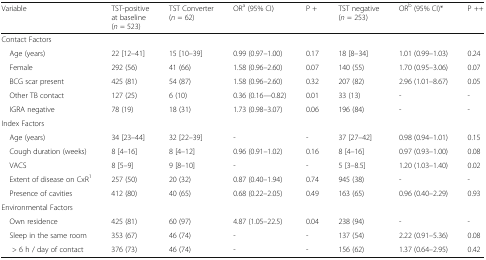
<table><thead><tr><td><b>Variable</b></td><td><b>TST-positive at baseline (<i>n</i> = 523)</b></td><td><b>TST Converter (<i>n</i> = 62)</b></td><td><b>OR<sup>a</sup> (95% CI)</b></td><td><b>P +</b></td><td><b>TST negative (<i>n</i> = 253)</b></td><td><b>OR<sup>b</sup> (95% CI)*</b></td><td><b>P ++</b></td></tr></thead><tbody><tr><td colspan="8">Contact Factors</td></tr><tr><td> Age (years)</td><td>22 [12–41]</td><td>15 [10–39]</td><td>0.99 (0.97–1.00)</td><td>0.17</td><td>18 [8–34]</td><td>1.01 (0.99–1.03)</td><td>0.24</td></tr><tr><td> Female</td><td>292 (56)</td><td>41 (66)</td><td>1.58 (0.96–2.60)</td><td>0.07</td><td>140 (55)</td><td>1.70 (0.95–3.06)</td><td>0.07</td></tr><tr><td> BCG scar present</td><td>425 (81)</td><td>54 (87)</td><td>1.58 (0.96–2.60)</td><td>0.32</td><td>207 (82)</td><td>2.96 (1.01–8.67)</td><td>0.05</td></tr><tr><td> Other TB contact</td><td>127 (25)</td><td>6 (10)</td><td>0.36 (0.16—0.82)</td><td>0.01</td><td>33 (13)</td><td>-</td><td>-</td></tr><tr><td> IGRA negative</td><td>78 (19)</td><td>18 (31)</td><td>1.73 (0.98–3.07)</td><td>0.06</td><td>196 (84)</td><td>-</td><td>-</td></tr><tr><td colspan="8">Index Factors</td></tr><tr><td> Age (years)</td><td>34 [23–44]</td><td>32 [22–39]</td><td>-</td><td>-</td><td>37 [27–42]</td><td>0.98 (0.94–1.01)</td><td>0.15</td></tr><tr><td> Cough duration (weeks)</td><td>8 [4–16]</td><td>8 [4–12]</td><td>0.96 (0.91–1.02)</td><td>0.16</td><td>8 [4–16]</td><td>0.97 (0.93–1.00)</td><td>0.08</td></tr><tr><td> VACS</td><td>8 [5–9]</td><td>9 [8–10]</td><td>-</td><td>-</td><td>5 [3–8.5]</td><td>1.20 (1.03–1.40)</td><td>0.02</td></tr><tr><td> Extent of disease on CxR<sup>1</sup></td><td>257 (50)</td><td>20 (32)</td><td>0.87 (0.40–1.94)</td><td>0.74</td><td>945 (38)</td><td>-</td><td>-</td></tr><tr><td> Presence of cavities</td><td>412 (80)</td><td>40 (65)</td><td>0.68 (0.22–2.05)</td><td>0.49</td><td>163 (65)</td><td>0.96 (0.40–2.29)</td><td>0.93</td></tr><tr><td colspan="8">Environmental Factors</td></tr><tr><td> Own residence</td><td>425 (81)</td><td>60 (97)</td><td>4.87 (1.05–22.5)</td><td>0.04</td><td>238 (94)</td><td>-</td><td>-</td></tr><tr><td> Sleep in the same room</td><td>353 (67)</td><td>46 (74)</td><td>-</td><td>-</td><td>137 (54)</td><td>2.22 (0.91–5.36)</td><td>0.08</td></tr><tr><td>&gt; 6 h / day of contact</td><td>376 (73)</td><td>46 (74)</td><td>-</td><td>-</td><td>156 (62)</td><td>1.37 (0.64–2.95)</td><td>0.42</td></tr></tbody></table>